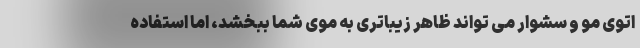
اتوی مو و سشوار می تواند ظاهر زیباتری به موی شما ببخشد، اما استفاده